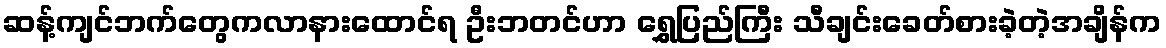
ဆန့်ကျင်ဘက်တွေကလာနားထောင်ရ ဦးဘတင်ဟာ ရွှေပြည်ကြီး သီချင်းခေတ်စားခဲ့တဲ့အချိန်က